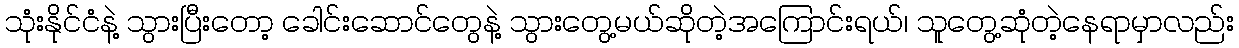
သုံးနိုင်ငံနဲ့ သွားပြီးတော့ ခေါင်းဆောင်တွေနဲ့ သွားတွေ့မယ်ဆိုတဲ့အကြောင်းရယ်၊ သူတွေ့ဆုံတဲ့နေရာမှာလည်း